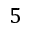
5